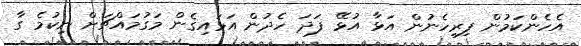
އެހެންކަމުން ފިރިހެނުން އަޅާ އުޅޭ ފަދަ ހެދުން އަޅައިގެން މަގުމައްޗަށް ނިކުމެ ގާ